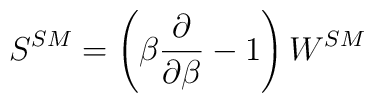
S^{SM}=\left(\beta {\partial \over \partial \beta}-1\right)W^{SM}